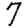
Digit: 7